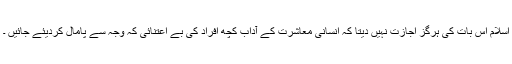
اسلام اس بات کی ہرگز اجازت نہیں دیتا کہ انسانی معاشرت کے آداب کچھ افراد کی بے اعتنائی کہ وجہ سے پامال کردیئے جائیں ۔